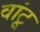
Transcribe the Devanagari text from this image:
वांटू